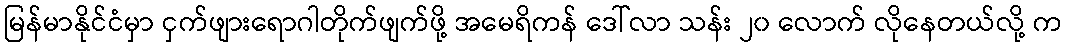
မြန်မာနိုင်ငံမှာ ငှက်ဖျားရောဂါတိုက်ဖျက်ဖို့ အမေရိကန် ဒေါ်လာ သန်း ၂၀ လောက် လိုနေတယ်လို့ က